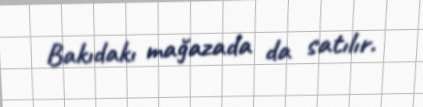
Bakıdakı mağazada da satılır.